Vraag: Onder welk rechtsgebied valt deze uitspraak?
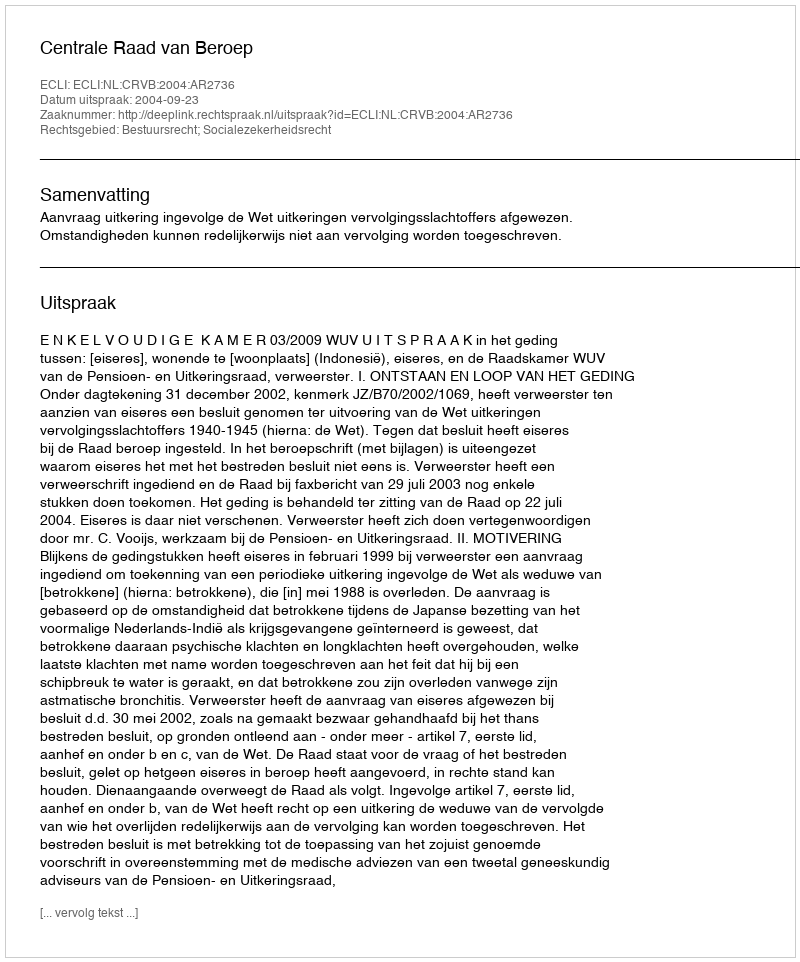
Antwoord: Bestuursrecht; Socialezekerheidsrecht